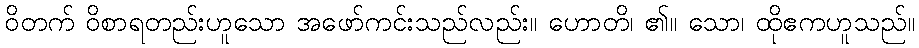
ဝိတက် ဝိစာရတည်းဟူသော အဖော်ကင်းသည်လည်း။ ဟောတိ၊ ၏။ သော၊ ထိုဧကဟူသည်။